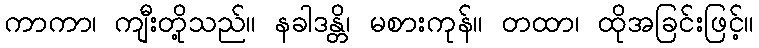
ကာကာ၊ ကျီးတို့သည်။ နခါဒန္တိ၊ မစားကုန်။ တထာ၊ ထိုအခြင်းဖြင့်။